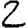
Digit: 2